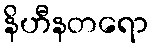
နိဟီနတရော